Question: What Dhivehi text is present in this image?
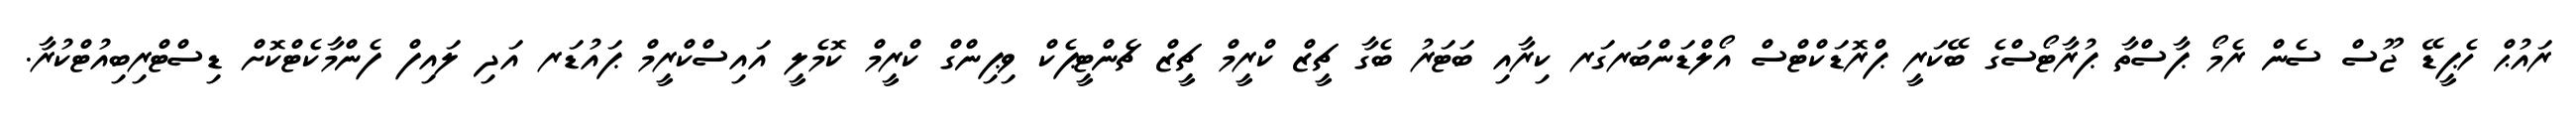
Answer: ރައުޙް ހެޕީޑޭ ޖޫސް ސެން ރެމޯ ޕާސްތާ ޕުރާޓޯސްގެ ބޭކަރީ ޕްރޮޑަކްޓްސް އޯލްޑަންބަރގަރ ކިރާއި ބަޓަރު ބެގާ ޗީޒް ކްރީމް ޗީޒް ޗެންޓީޕެކް ވިޕިންގް ކްރީމް ކޮމެލީ އައިސްކްރީމް ޕައުޑަރ އަދި ލައިފް ފެންމާކެޓްކޮށް ޑިސްޓްރިބިއުޓްކުރާ.